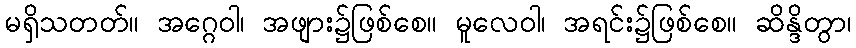
မရှိသတတ်။ အဂ္ဂေဝါ၊ အဖျား၌ဖြစ်စေ။ မူလေဝါ၊ အရင်း၌ဖြစ်စေ။ ဆိန္ဒိတွာ၊